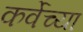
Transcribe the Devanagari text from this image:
कर्वेच्या